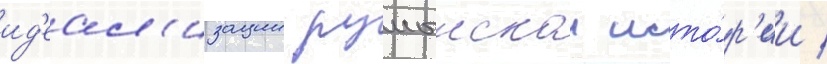
ид'еал'изации румынскои исто́р'ии /